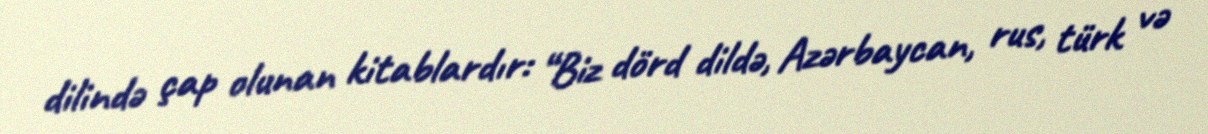
dilində çap olunan kitablardır: “Biz dörd dildə, Azərbaycan, rus, türk və